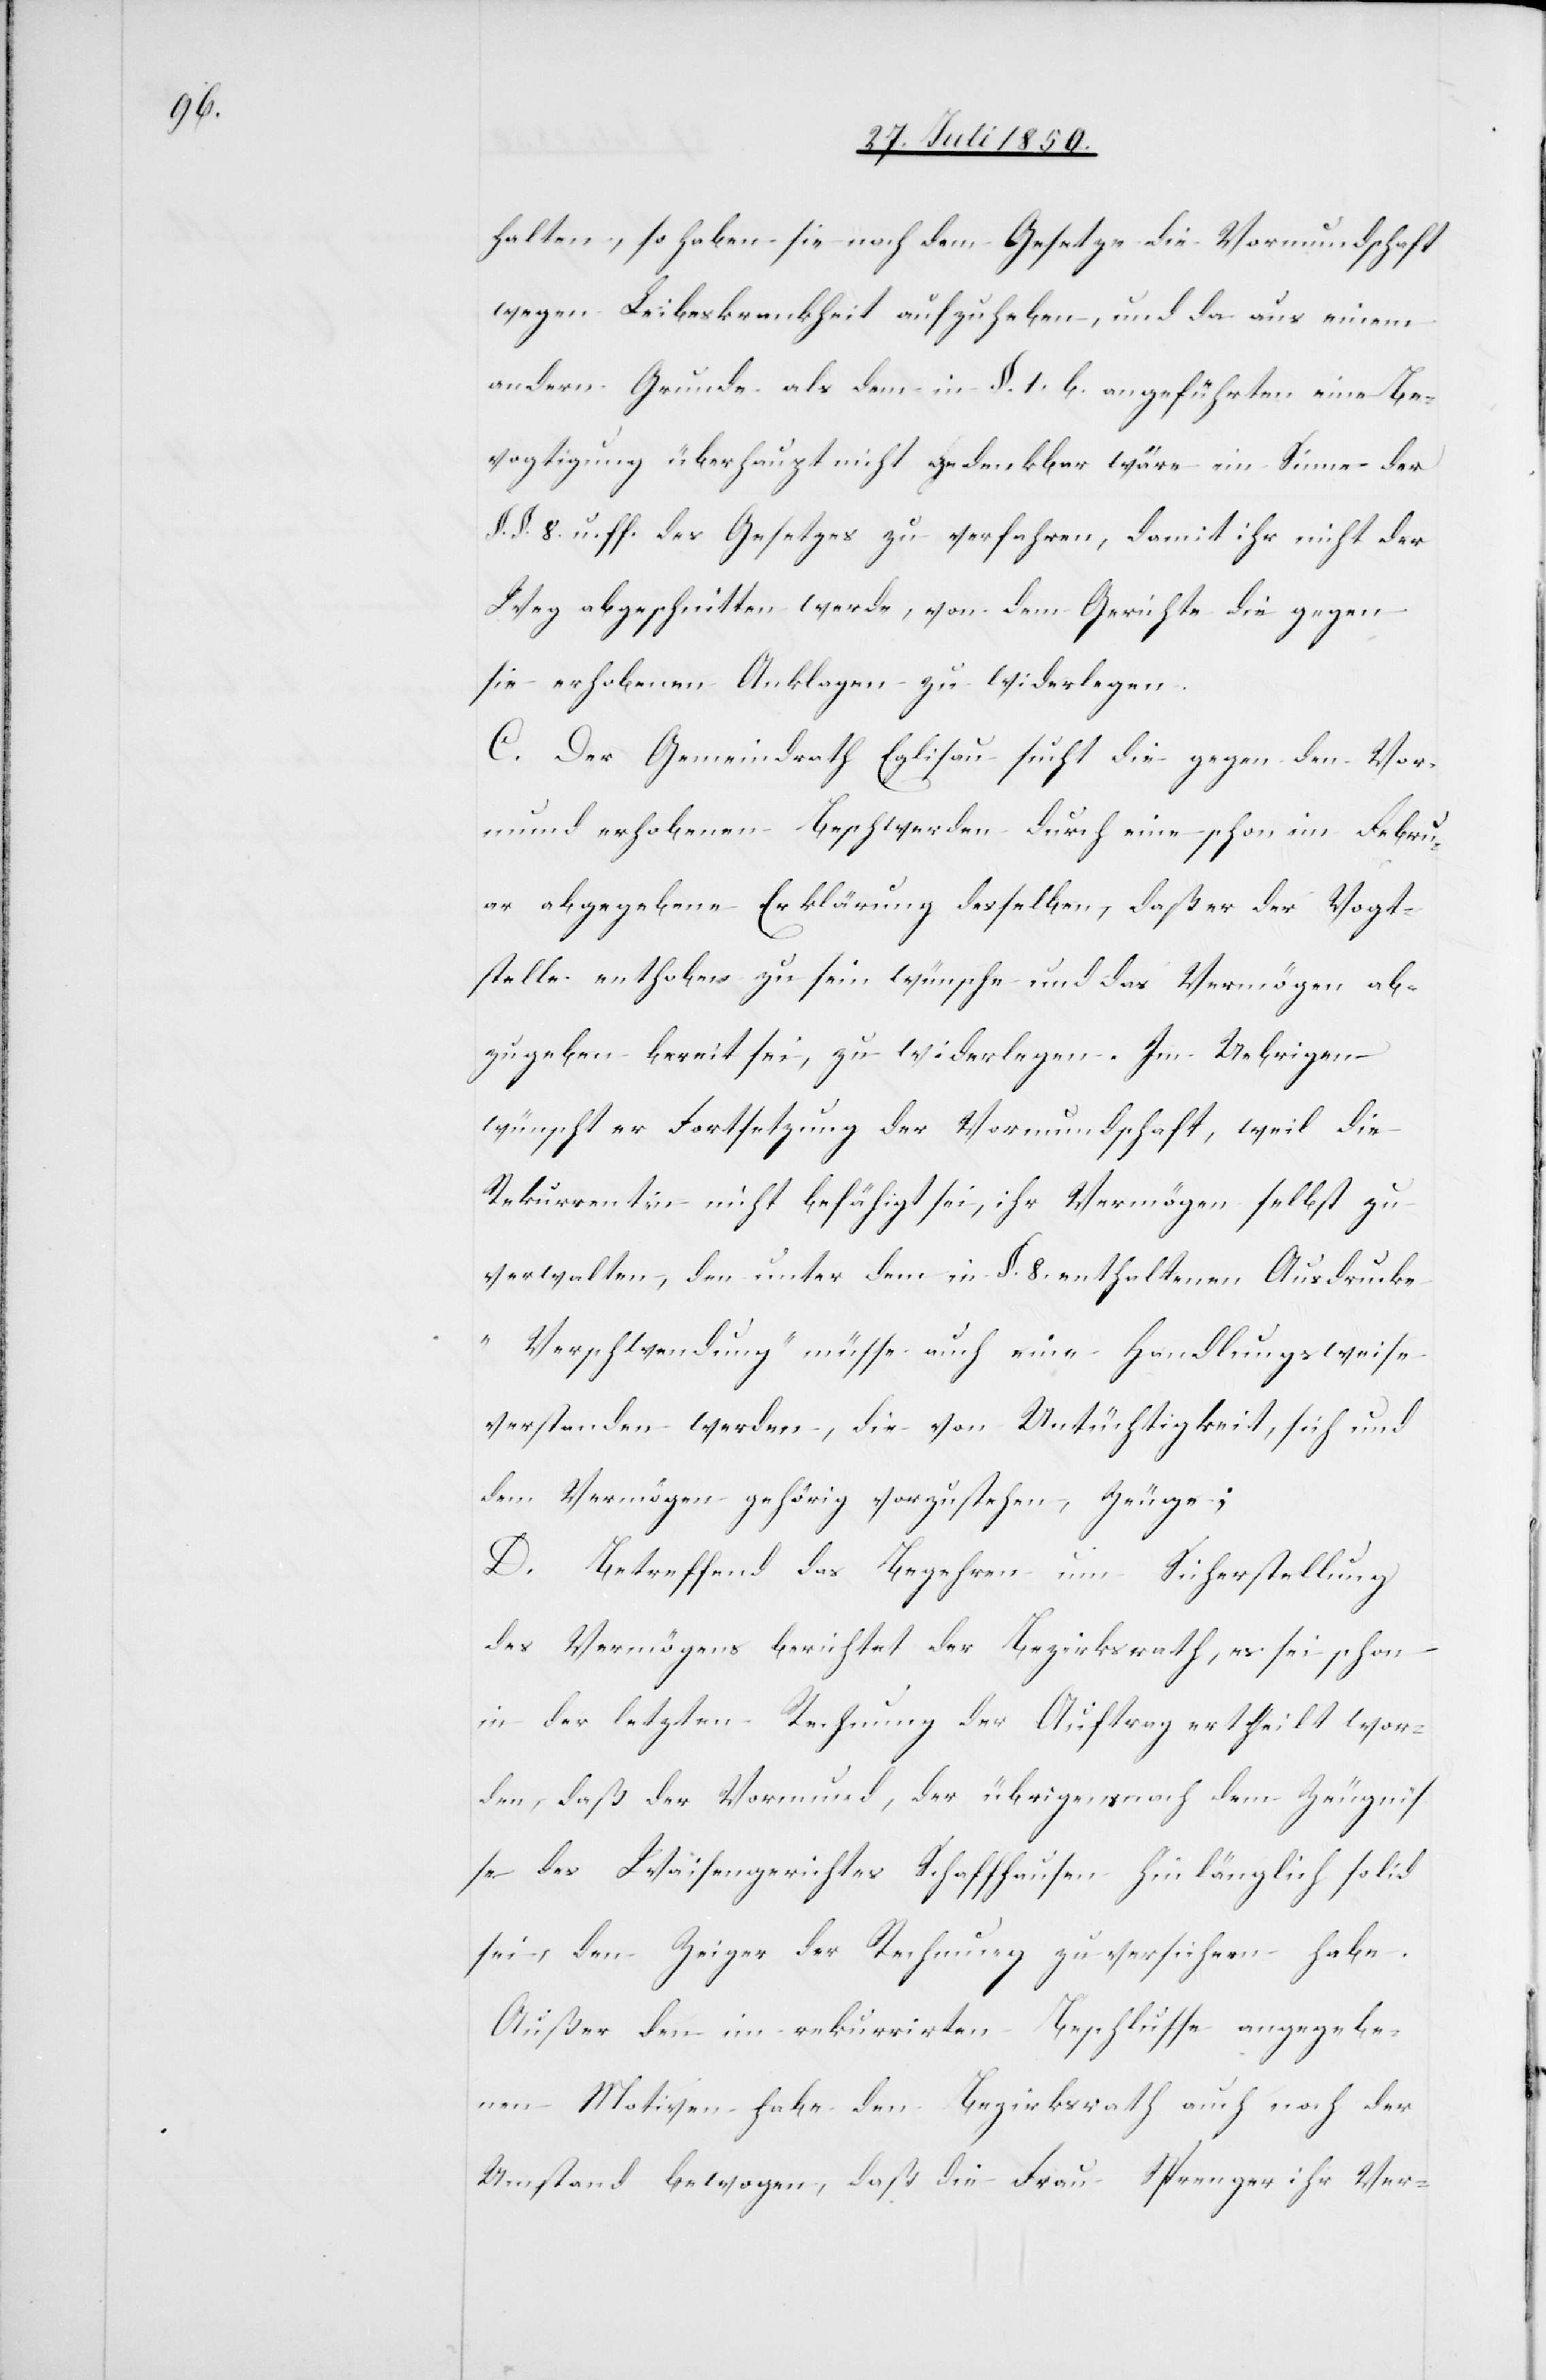
halten, so haben sie nach dem Gesetze die Vormundschaft
wegen Leibeskrankheit aufzuheben, und da aus einem
andern Grunde als dem in §. 1. b. angeführten eine Be¬
vogtigung überhaupt nicht gedenkbar wäre ein [sic!] Sinne der
§. §. 8. u. ff. des Gesetzes zu verfahren, damit ihr nicht der
Weg abgeschnitten werde, von dem Gerichte die gegen
sie erhobene Anklagen zu widerlegen.
C. Der Gemeindrath Eglisau sucht die gegen den Vor¬
mund erhobenen Beschwerden durch eine schon im Febru¬
ar abgegebene Erklärung desselben, daß er der Vogt¬
stelle enthoben zu sein wünsche und das Vermögen ab¬
zugeben bereit sei, zu widerlegen. Im Uebrigen
wünscht er Fortsetzung der Vormundschaft, weil die
Rekurrentin nicht befähigt sei, ihr Vermögen selbst zu
verwalten, den unter dem in §. 8. enthaltenen Ausdrucke
„Verschwendung“ müsse auch eine Handlungsweise
verstanden werden, die von Untüchtigkeit, sich und
dem Vermögen gehörig vorzustehen, Zeuge;
D. Betreffend das Begehren um Sicherstellung
des Vermögens berichtet der Bezirksrath, es sei schon
in der letzen Rechnung der Auftrag ertheilt wor¬
den, daß der Vormund, der übrigens nach dem Zeugnis¬
se des Waisengerichtes Schaffhausen hinlänglich solid
sei, den Zeiger der Rechnung zu versichern habe.
Außer den im rekurrirten Beschlusse angegebe¬
nen Motiven habe den Bezirksrath auch noch der
Umstand bewogen, daß die Frau Sprenger ihr Ver-